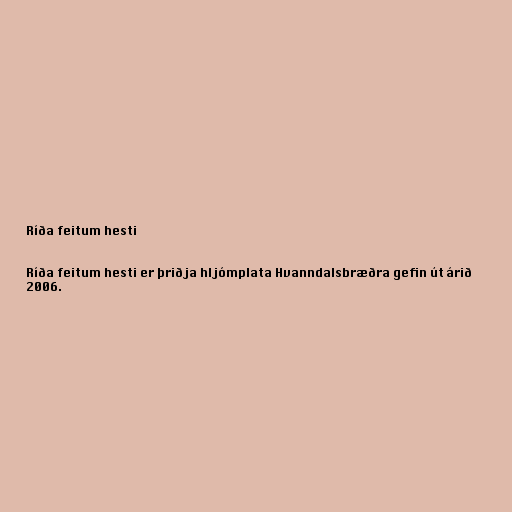
Ríða feitum hesti

Ríða feitum hesti er þriðja hljómplata Hvanndalsbræðra gefin út árið
2006.